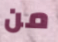
من